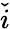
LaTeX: \check{i}